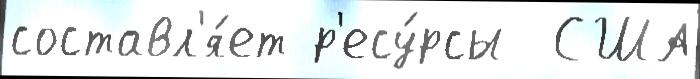
составл'я́ет р'есу́рсы  США